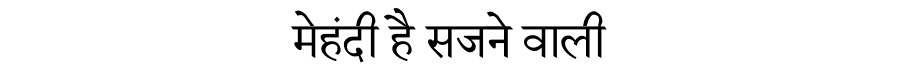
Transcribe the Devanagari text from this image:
मेहंदी है सजने वाली